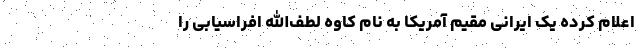
اعلام کرده یک ایرانی مقیم آمریکا به نام کاوه لطف‌الله افراسیابی را